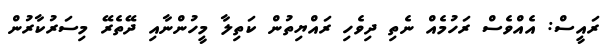
ރައީސް: އެއްވެސް ރަހުމެއް ނެތި ދިވެހި ރައްޔިތުން ކަތިލާ މީހުންނާއި ދޭތެރޭ މިސަރުކާރުން